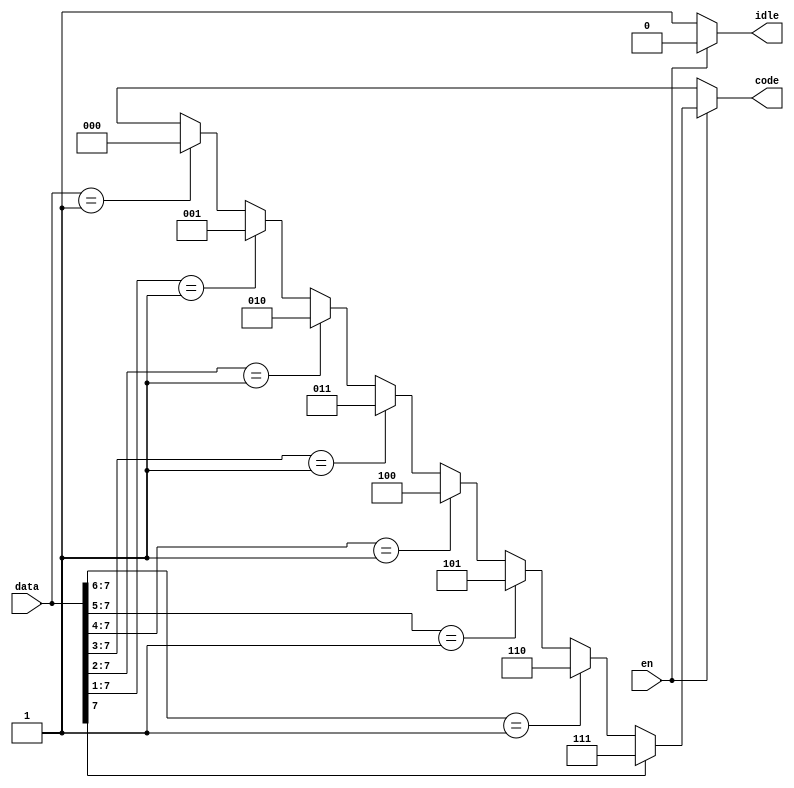
module encoder8x3 (output reg idle,
                   output reg [2:0] code,
                   input [7:0] data,
                   input en);

    always @(*) begin
        if (!en) begin
            code = 3'bx;
            idle = 1'b1;
        end
        else begin
            if (data[7] == 1'b1) code = 7; else
            if (data[7:6] == 2'b01) code = 6; else
            if (data[7:5] == 3'b001) code = 5; else
            if (data[7:4] == 4'b0001) code = 4; else
            if (data[7:3] == 5'b0000_1) code = 3; else
            if (data[7:2] == 6'b0000_01) code = 2; else
            if (data[7:1] == 7'b0000_001) code = 1; else
            if (data[7:0] == 8'b0000_0001) code = 0; else code = 3'bx;
            
            idle = 1'b0;
        end
    end

endmodule